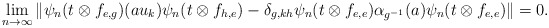
\begin{align*}\lim_{n\to \infty}\|\psi_n(t\otimes f_{e,g})(a u_k)\psi_n(t\otimes f_{h,e})-\delta_{g,kh}\psi_n(t\otimes f_{e,e})\alpha_{g^{-1}}(a)\psi_n(t\otimes f_{e,e})\|= 0.\end{align*}